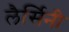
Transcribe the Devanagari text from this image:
लैर्सिनी